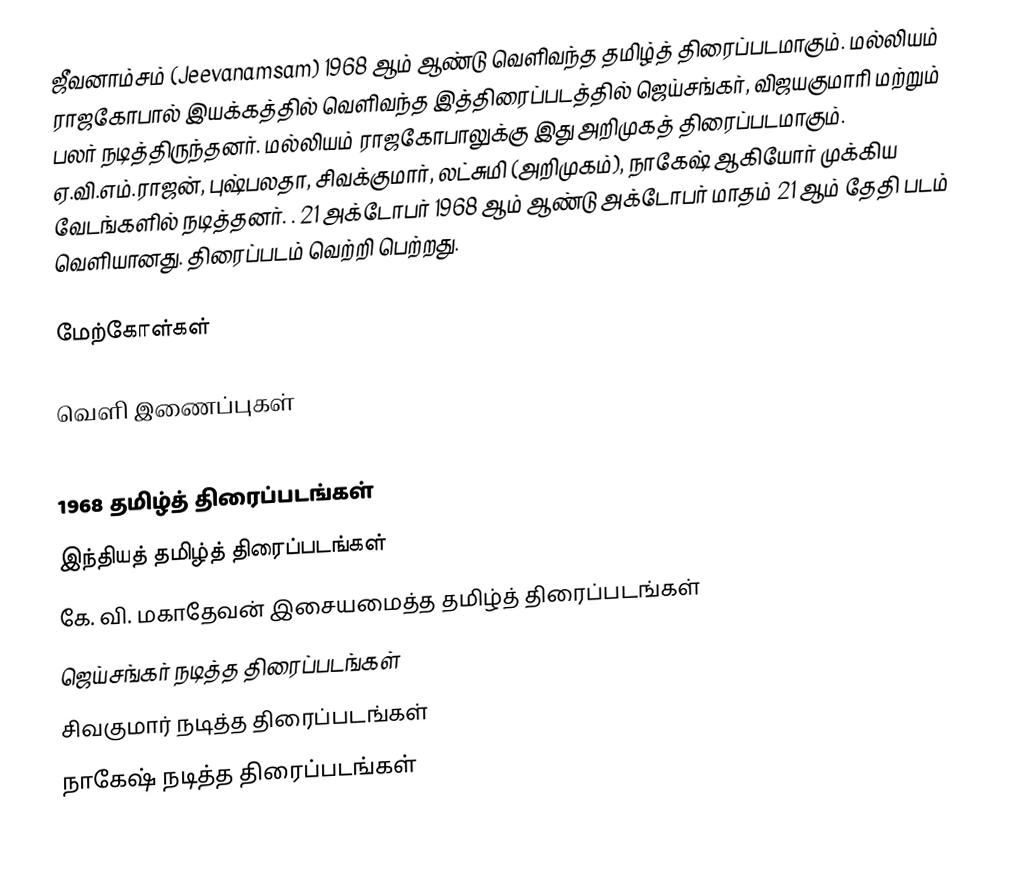
ஜீவனாம்சம் (Jeevanamsam) 1968 ஆம் ஆண்டு வெளிவந்த தமிழ்த் திரைப்படமாகும். மல்லியம் ராஜகோபால் இயக்கத்தில் வெளிவந்த இத்திரைப்படத்தில் ஜெய்சங்கர், விஜயகுமாரி மற்றும் பலர் நடித்திருந்தனர். மல்லியம் ராஜகோபாலுக்கு இது அறிமுகத் திரைப்படமாகும். ஏ.வி.எம்.ராஜன், புஷ்பலதா, சிவக்குமார், லட்சுமி (அறிமுகம்), நாகேஷ் ஆகியோர் முக்கிய வேடங்களில் நடித்தனர்.  . 21 அக்டோபர் 1968 ஆம் ஆண்டு அக்டோபர் மாதம் 21 ஆம் தேதி படம் வெளியானது.  திரைப்படம் வெற்றி பெற்றது.

மேற்கோள்கள்

வெளி இணைப்புகள்

1968 தமிழ்த் திரைப்படங்கள்
இந்தியத் தமிழ்த் திரைப்படங்கள்
கே. வி. மகாதேவன் இசையமைத்த தமிழ்த் திரைப்படங்கள்
ஜெய்சங்கர் நடித்த திரைப்படங்கள்
சிவகுமார் நடித்த திரைப்படங்கள்
நாகேஷ் நடித்த திரைப்படங்கள்